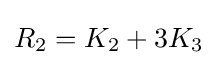
R_{2}=K_{2}+3K_{3}